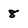
Character: 8